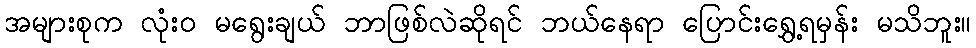
အများစုက လုံး၀ မရွေးချယ် ဘာဖြစ်လဲဆိုရင် ဘယ်နေရာ ပြောင်းရွှေ့ရမှန်း မသိဘူး။